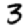
Digit: 3